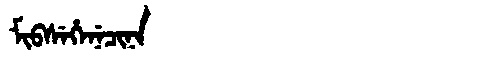
Manchu: ᠮᡳᠪᠰᡝᡥᡝᠨᡝᠴᡳᠨᠠ
Romanization: MIBSEHENECINA